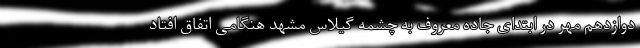
دوازدهم مهر در ابتدای جاده معروف به چشمه گیلاس مشهد هنگامی اتفاق افتاد